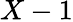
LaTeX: X-1